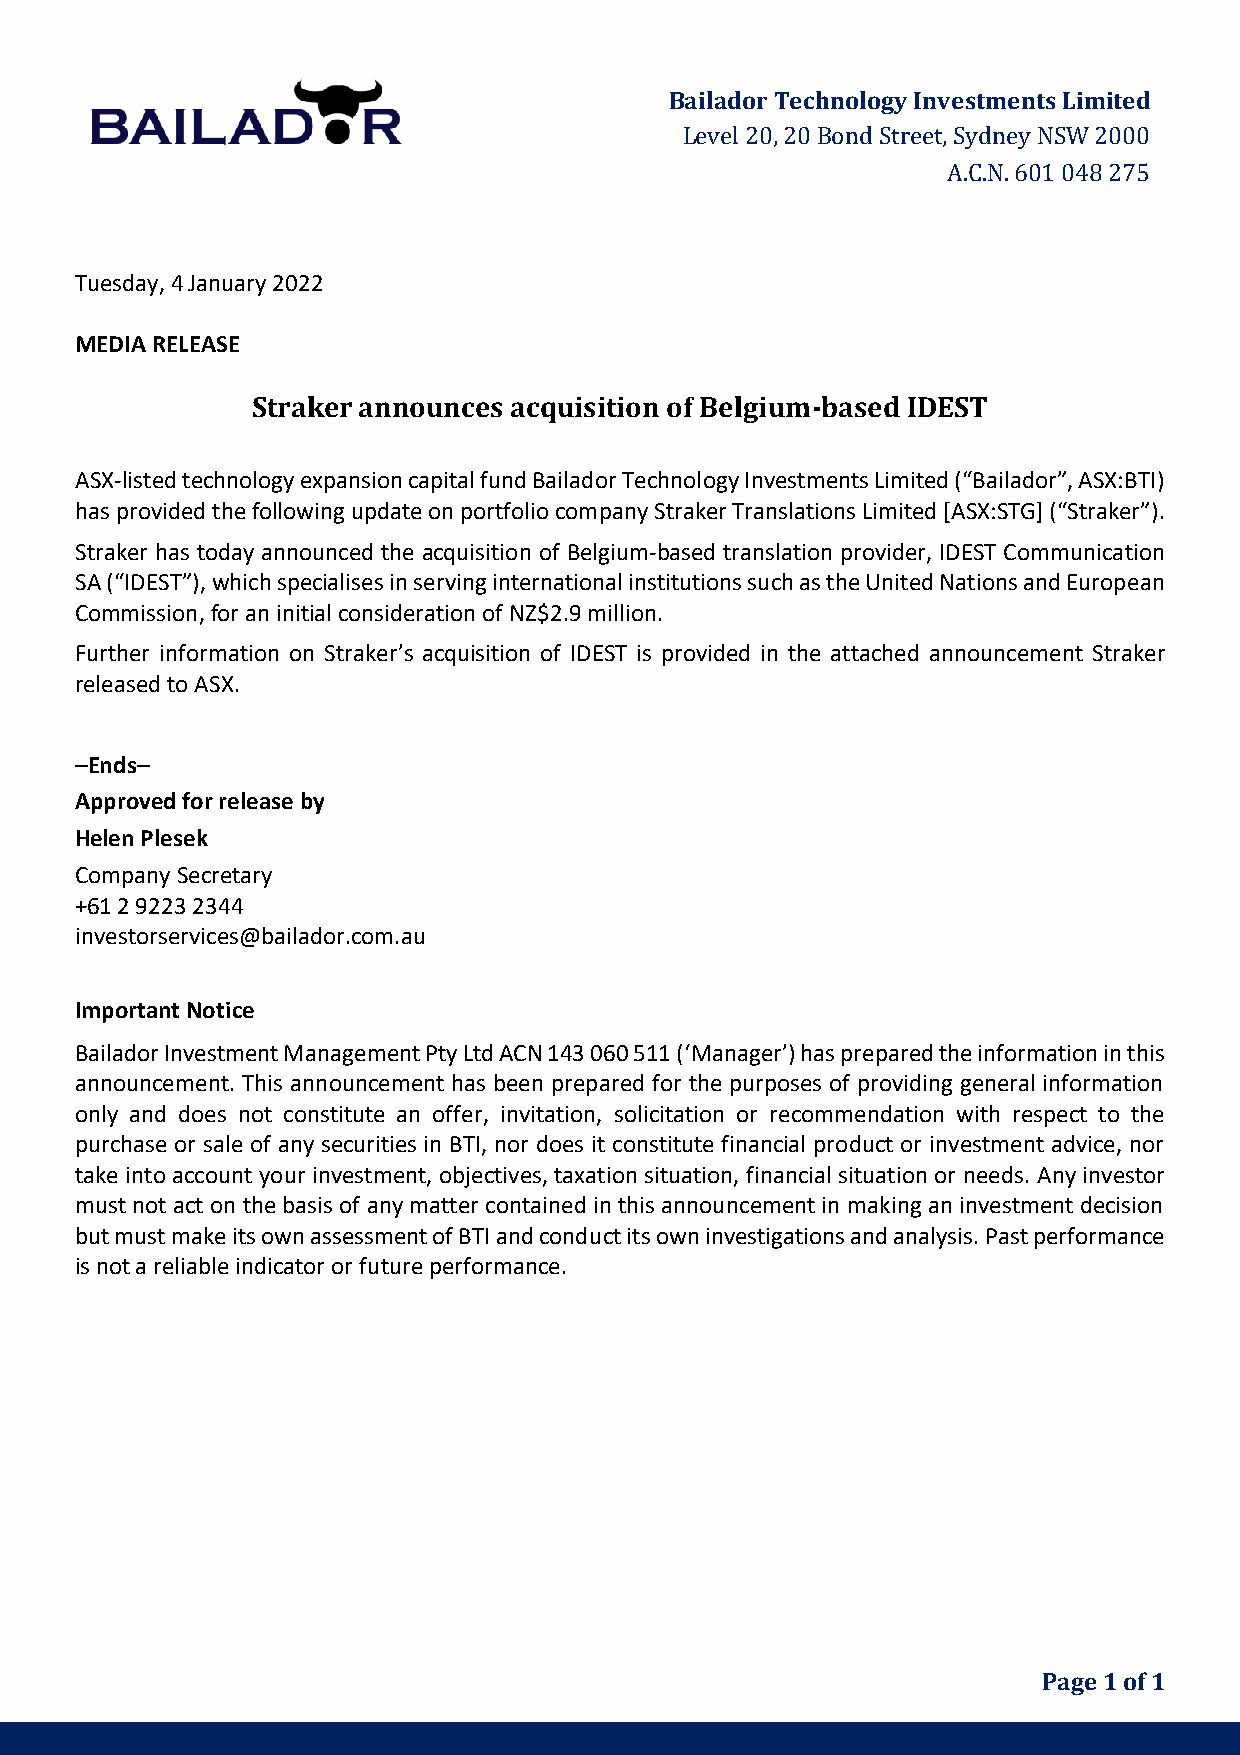
Bailador Technology Investments Limited
 Level 20, 20 Bond Street, Sydney NSW 2000
 A.C.N. 601 048 275
 Tuesday, 4 January 2022
 MEDIA RELEASE
 Straker announces acquisition of Belgium-based IDEST
 ASX-listed technology expansion capital fund Bailador Technology Investments Limited (“Bailador”, ASX:BTI)
 has provided the following update on portfolio company Straker Translations Limited [ASX:STG] (“Straker”).
 Straker has today announced the acquisition of Belgium-based translation provider, IDEST Communication
 SA (“IDEST”), which specialises in serving international institutions such as the United Nations and European
 Commission, for an initial consideration of NZ$2.9 million.
 Further information on Straker’s acquisition of IDEST is provided in the attached announcement Straker
 released to ASX.
 –Ends–
 Approved for release by
 Helen Plesek
 Company Secretary
 +61 2 9223 2344
 investorservices@bailador.com.au
 Important Notice
 Bailador Investment Management Pty Ltd ACN 143 060 511 (‘Manager’) has prepared the information in this
 announcement. This announcement has been prepared for the purposes of providing general information
 only and does not constitute an offer, invitation, solicitation or recommendation with respect to the
 purchase or sale of any securities in BTI, nor does it constitute financial product or investment advice, nor
 take into account your investment, objectives, taxation situation, financial situation or needs. Any investor
 must not act on the basis of any matter contained in this announcement in making an investment decision
 but must make its own assessment of BTI and conduct its own investigations and analysis. Past performance
 is not a reliable indicator or future performance.
 Page 1 of 1